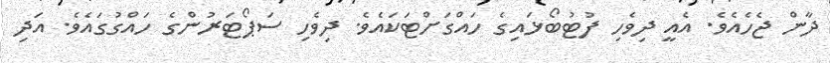
ދާން ޖެހެއެވެ. އެއީ ދިވެހި ފުޓުބޯޅައިގެ ހައްގަށްޓަކައެވެ. ދިވެހި ސަޕޯޓަރުންގެ ހައްގުގައެވެ. އަދި